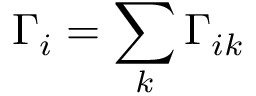
\Gamma _ { i } = \sum _ { k } \Gamma _ { i k }